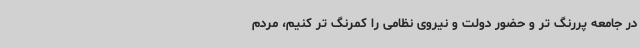
در جامعه پررنگ تر و حضور دولت و نیروی نظامی را کمرنگ تر کنیم، مردم